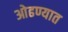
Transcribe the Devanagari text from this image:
ओढण्यात